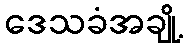
ဒေသခံအချို့